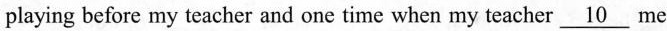
playing before my teacher and one time when my teacher \underline{10} me